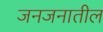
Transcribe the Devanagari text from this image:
जनजनातील